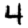
Digit: 4